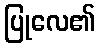
ပြုလေ၏